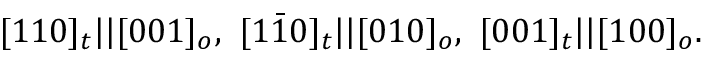
[ 1 1 0 ] _ { t } | | [ 0 0 1 ] _ { o } , \ [ 1 \bar { 1 } 0 ] _ { t } | | [ 0 1 0 ] _ { o } , \ [ 0 0 1 ] _ { t } | | [ 1 0 0 ] _ { o } .